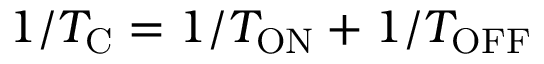
1 / T _ { \mathrm { C } } = 1 / T _ { \mathrm { O N } } + 1 / T _ { \mathrm { O F F } }